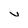
Character: v